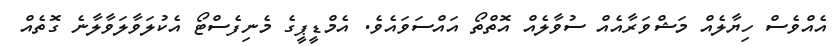
އެއްވެސް ހިޔާލެއް މަޝްވަރާއެއް ސުވާލެއް އޮތްތޯ އައްސަވައެވެ. އެމްޑީޕީގެ މެނިފެސްޓޯ އެކުލަވާލަވާލާނެ ގޮތެއް